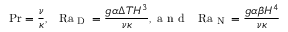
\ifmmode \mathrm { P r } \else \mathrm { P r } \fi = \frac { \nu } { \kappa } , \thickspace \thickspace \thickspace \ifmmode \mathrm { R a } _ { \textrm { D } } \else \mathrm { R a } _ { \textrm { D } } \fi = \frac { g \alpha \Delta T H ^ { 3 } } { \nu \kappa } , \textrm { a n d } \thickspace \thickspace \thickspace \ifmmode \mathrm { R a } _ { \textrm { N } } \else \mathrm { R a } _ { \textrm { N } } \fi = \frac { g \alpha \beta H ^ { 4 } } { \nu \kappa }